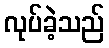
လုပ်ခဲ့သည်